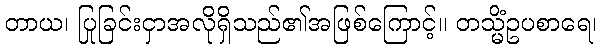
တာယ၊ ပြုခြင်းငှာအလိုရှိသည်၏အဖြစ်ကြောင့်။ တသ္မိံဥပစာရေ၊